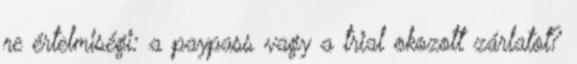
re értelmiségi: a paypass vagy a trial okozott zárlatot?